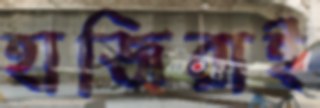
হাজিরাই